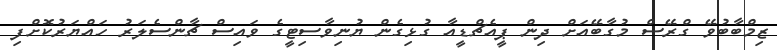
ޒިމްބާބުވޭ ގްރޭސް މުގާބޭއަށް ދިން ޕީއެޗްޑީއާ ގުޅިގެން ޔުނިވާސިޓީގެ ވައިސް ޗާންސެލަރު ހައްޔަރުކޮށްފި